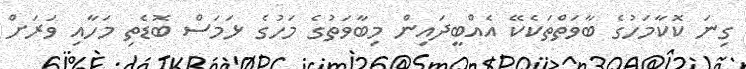
ގިނަ ކޮކާމަހުގެ ބާވަތްތަކެކޭ އެއްބީދައިން މިބާވަތުގެ މަހުގެ ޅަމަސް ބޮޑެތި މަހާއި ވަރަށް